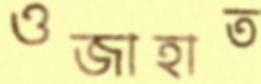
ওজাহাত